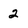
Character: 2